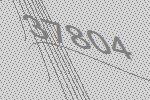
37804